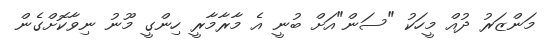
މަންޒަރު ދުއް މީހަކު "ސަން"އަށް ބުނީ އެ މާރާމާރީ ހިންގީ މޫނު ނިވާކޮށްގެން